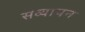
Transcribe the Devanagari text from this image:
सव्यापन